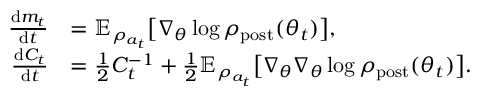
\begin{array} { r l } { \frac { \mathrm { d } m _ { t } } { \mathrm { d } t } } & { = \mathbb { E } _ { \rho _ { a _ { t } } } \bigl [ \nabla _ { \theta } \log \rho _ { \mathrm { p o s t } } ( \theta _ { t } ) \bigr ] , } \\ { \frac { \mathrm { d } C _ { t } } { \mathrm { d } t } } & { = \frac { 1 } { 2 } C _ { t } ^ { - 1 } + \frac { 1 } { 2 } \mathbb { E } _ { \rho _ { a _ { t } } } \bigl [ \nabla _ { \theta } \nabla _ { \theta } \log \rho _ { \mathrm { p o s t } } ( \theta _ { t } ) \bigr ] . } \end{array}